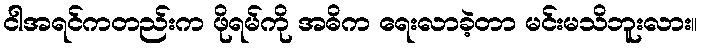
ငါအရင်ကတည်းက ဖိုရမ်ကို အဓိက ရေးလာခဲ့တာ မင်းမသိဘူးလား။